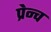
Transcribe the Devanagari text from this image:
प्रेन्च